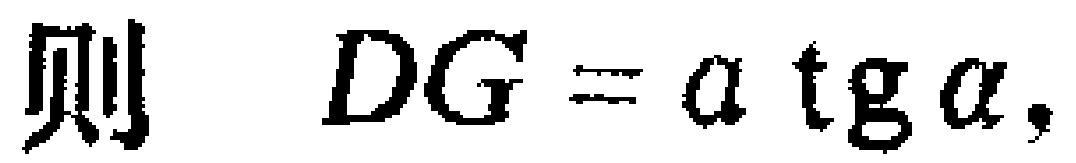
则 \(DG = a \operatorname{tg} \alpha,\)